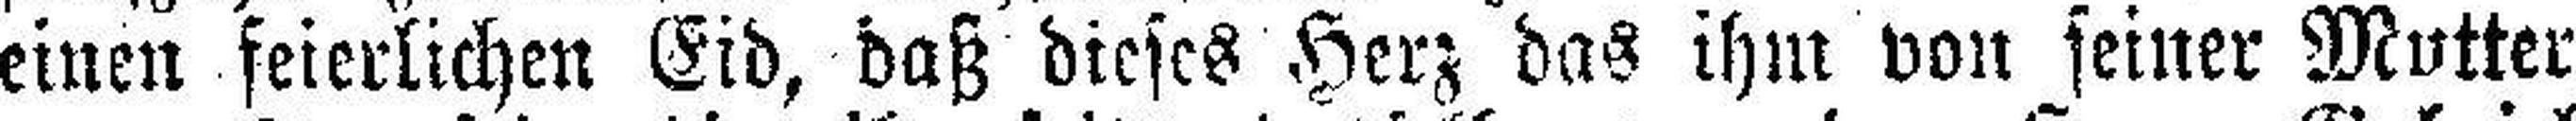
einen feierlichen Eid, daß dieses Herz das ihm von seiner Mutter